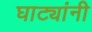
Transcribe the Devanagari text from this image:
घाट्यांनी